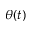
\theta ( t )